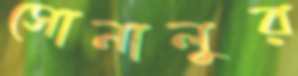
সোনালুর